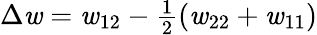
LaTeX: \Delta\mathit{w}=\mathit{w}_{12}-{\begin{array}{l}{{\frac{1}{2}}}\end{array}}(\mathit{w}_{22}+\mathit{w}_{11})